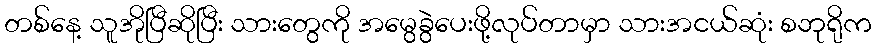
တစ်နေ့ သူအိုပြီဆိုပြီး သားတွေကို အမွေခွဲပေးဖို့လုပ်တာမှာ သားအငယ်ဆုံး စဘုရိုက